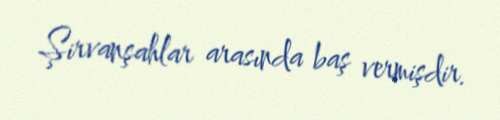
Şirvanşahlar arasında baş vermişdir.